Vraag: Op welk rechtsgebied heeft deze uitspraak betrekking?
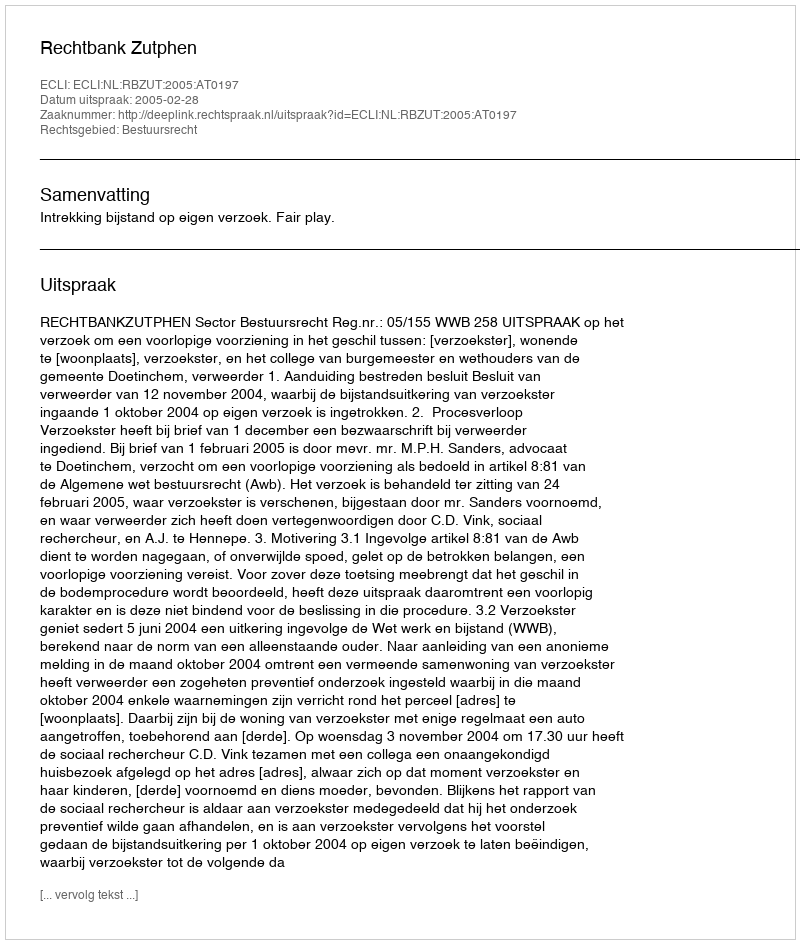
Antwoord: Bestuursrecht